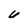
Character: U